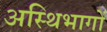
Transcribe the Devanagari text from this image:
अस्थिभागों